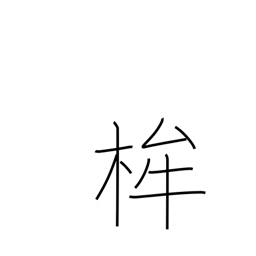
Meaning: halberd